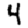
Digit: 4